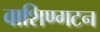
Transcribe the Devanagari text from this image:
वाशिण्गटन